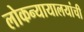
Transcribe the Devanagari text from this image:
लोकन्यायालयांची